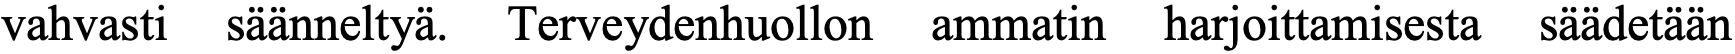
vahvasti säänneltyä. Terveydenhuollon ammatin harjoittamisesta säädetään